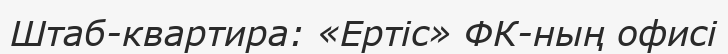
Штаб-квартира: «Ертіс» ФК-ның офисі